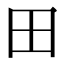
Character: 田